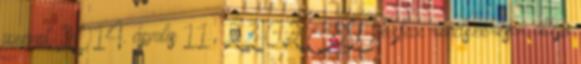
üzenet 2014. április 11., 23:02 CEST Voxfax rendszeresen átlépi